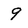
Character: 9